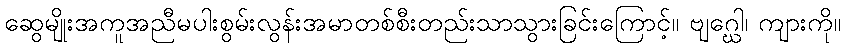
ဆွေမျိုးအကူအညီမပါးစွမ်းလွန်းအမာတစ်စီးတည်းသာသွားခြင်းကြောင့်။ ဗျဂ္ဃေါ၊ ကျားကို။